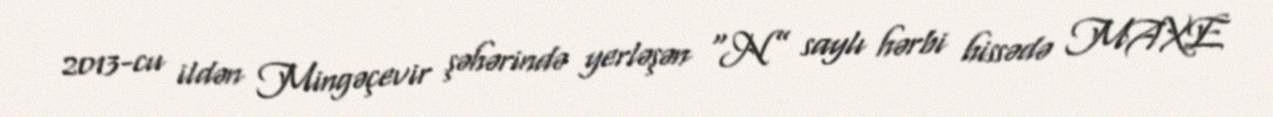
2013-cu ildən Mingəçevir şəhərində yerləşən “N” saylı hərbi hissədə MAXE